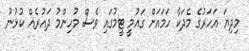
މިދިޔަ އަހަރުގެ މެދަކާ ހަމައަށް ގައުމީ ޓީމުގައި ވެސް މުހިންމު ދައުރެއް ކުޅުނު